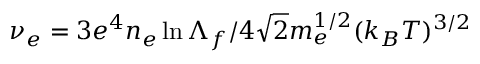
\nu _ { e } = { 3 e ^ { 4 } n _ { e } \ln \Lambda _ { f } } / 4 \sqrt { 2 } m _ { e } ^ { 1 / 2 } ( k _ { B } T ) ^ { 3 / 2 }